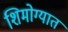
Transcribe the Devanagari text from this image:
शिमोग्यात